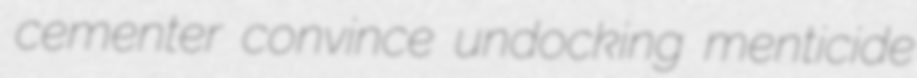
cementer convince undocking menticide